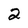
Character: 2